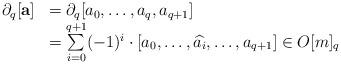
LaTeX: \begin{align*}\begin{array}{llllll} \partial_q[\mathbf a]&=\partial_q[a_0,\dots,a_q,a_{q+1}] \\ & =\sum\limits_{i=0}^{q+1}(-1)^i\cdot[a_0,\dots,\widehat{a_i},\dots,a_{q+1}]\in O[m]_{q}\\\end{array}\end{align*}